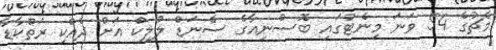
މެޗުގެ 54 ވަނަ މިނެޓުގައި ބޮސްނިއާގެ ސެނަޑް ލުލިކް އަށް ދެއްކި ރަތްކާޑާ